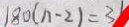
1 8 0 ( n - 2 ) = 3 1